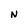
Character: N